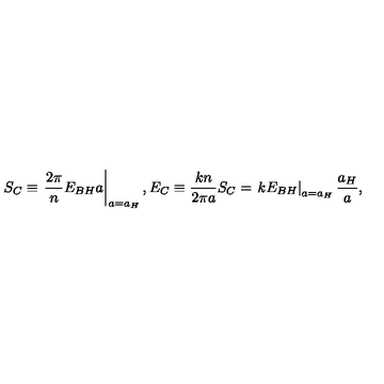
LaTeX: S _ { C } \equiv \left. { \frac { 2 \pi } { n } } E _ { B H } a \right| _ { a = a _ { H } } , E _ { C } \equiv { \frac { k n } { 2 \pi a } } S _ { C } = \left. k E _ { B H } \right| _ { a = a _ { H } } { \frac { a _ { H } } { a } } ,